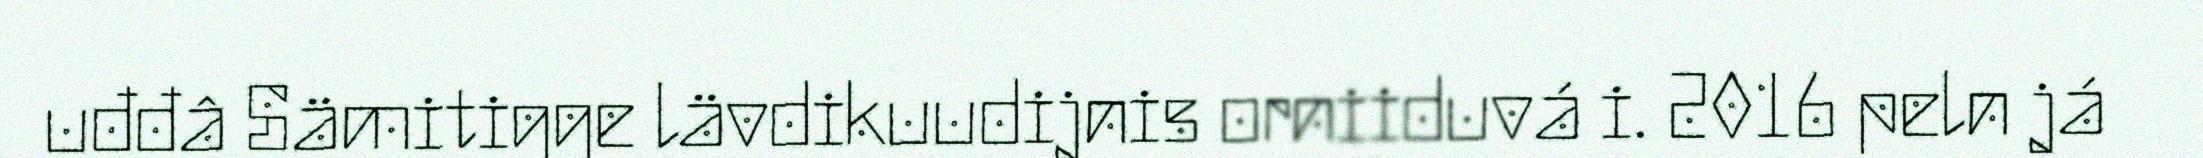
uđđâ Sämitigge lävdikuudijnis orniiduvá i. 2016 peln já